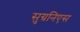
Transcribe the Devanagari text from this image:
सुग्रनिएस